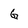
Character: G